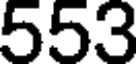
553